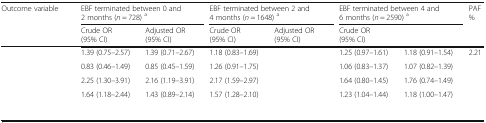
<table><thead><tr><td rowspan="2"><b>Outcome variable</b></td><td colspan="2"><b>EBF terminated between 0 and 2 months (<i>n</i> = 728) <sup>a</sup></b></td><td colspan="2"><b>EBF terminated between 2 and 4 months (<i>n</i> = 1648) <sup>a</sup></b></td><td colspan="2"><b>EBF terminated between 4 and 6 months (<i>n</i> = 2590) <sup>a</sup></b></td><td rowspan="2"><b>PAF %</b></td></tr><tr><td><b>Crude OR (95% CI)</b></td><td><b>Adjusted OR (95% CI)</b></td><td><b>Crude OR (95% CI)</b></td><td><b>Adjusted OR (95% CI)</b></td><td><b>Crude OR (95% CI)</b></td><td>[EMPTY_CELL]</td></tr></thead><tbody><tr><td>[EMPTY_CELL]</td><td>1.39 (0.75–2.57)</td><td>1.39 (0.71–2.67)</td><td>1.18 (0.83–1.69)</td><td>[EMPTY_CELL]</td><td>1.25 (0.97–1.61)</td><td>1.18 (0.91–1.54)</td><td>2.21</td></tr><tr><td>[EMPTY_CELL]</td><td>0.83 (0.46–1.49)</td><td>0.85 (0.45–1.59)</td><td>1.26 (0.91–1.75)</td><td>[EMPTY_CELL]</td><td>1.06 (0.83–1.37)</td><td>1.07 (0.82–1.39)</td><td>[EMPTY_CELL]</td></tr><tr><td>[EMPTY_CELL]</td><td>2.25 (1.30–3.91)</td><td>2.16 (1.19–3.91)</td><td>2.17 (1.59–2.97)</td><td>[EMPTY_CELL]</td><td>1.64 (0.80–1.45)</td><td>1.76 (0.74–1.49)</td><td>[EMPTY_CELL]</td></tr><tr><td>[EMPTY_CELL]</td><td>1.64 (1.18–2.44)</td><td>1.43 (0.89–2.14)</td><td>1.57 (1.28–2.10)</td><td>[EMPTY_CELL]</td><td>1.23 (1.04–1.44)</td><td>1.18 (1.00–1.47)</td><td>[EMPTY_CELL]</td></tr></tbody></table>